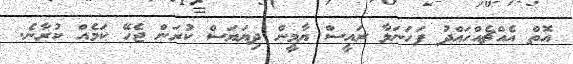
އޮތް އެއްޗެއްހައްދު ފަހަނަޅާ ރައީސް ޔާމީން ދިޔަޔަސް ކުރަން ޖެހޭ ކަމެއް ކުރާނެ.